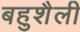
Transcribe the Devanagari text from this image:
बहुशैली